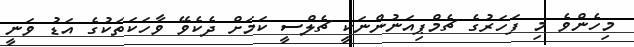
މިހެންވެ މި ފަހަރުގެ ޗެމްޕިއަނުންނަކީ ޗެލްސީ ކަމަށް ދެކެވޭ ވާހަކަތަކުގެ އަޑު ވަނީ